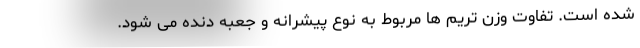
شده است. تفاوت وزن تریم ها مربوط به نوع پیشرانه و جعبه دنده می شود.